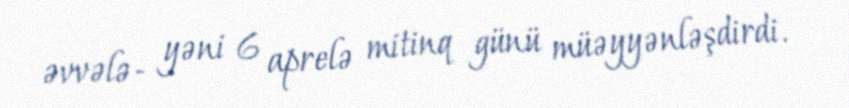
əvvələ- yəni 6 aprelə mitinq günü müəyyənləşdirdi.